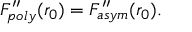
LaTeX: F _ { p o l y } ^ { \prime \prime } ( r _ { 0 } ) = F _ { a s y m } ^ { \prime \prime } ( r _ { 0 } ) .